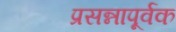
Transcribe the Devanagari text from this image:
प्रसन्नापूर्वक